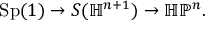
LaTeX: { \mathrm { S p } } ( 1 ) \to S ( \mathbb { H } ^ { n + 1 } ) \to \mathbb { H P } ^ { n } .